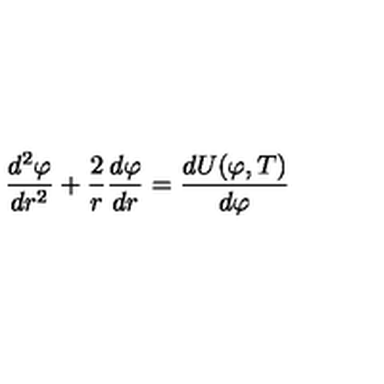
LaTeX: { \frac { d ^ { 2 } \varphi } { d r ^ { 2 } } } + { \frac { 2 } { r } } { \frac { d \varphi } { d r } } = { \frac { d U ( \varphi , T ) } { d \varphi } }